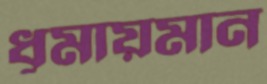
ধূমায়মান